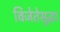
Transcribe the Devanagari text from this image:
विजेतेसुद्धा